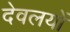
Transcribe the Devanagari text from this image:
देवलयों